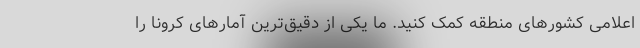
اعلامی کشورهای منطقه کمک کنید. ما یکی از دقیق‌ترین آمارهای کرونا را